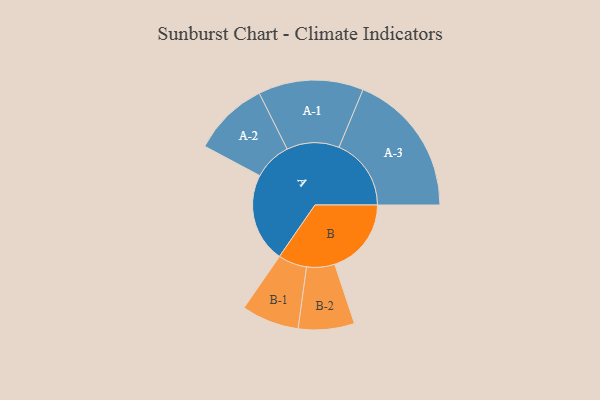
{"axis": {"x": "Segment", "y": "Value"}, "legend": ["", "A", "B"], "data": [{"x": "A", "y": 360, "type": ""}, {"x": "B", "y": 309, "type": ""}, {"x": "A-1", "y": 212, "type": "A"}, {"x": "A-2", "y": 153, "type": "A"}, {"x": "A-3", "y": 291, "type": "A"}, {"x": "B-1", "y": 116, "type": "B"}, {"x": "B-2", "y": 113, "type": "B"}]}